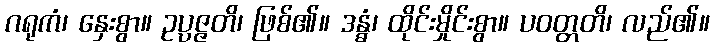
ဂရုကံ၊ နှေးစွာ။ ဥပ္ပဇ္ဇတိ၊ ဖြစ်၏။ ဒန္ဓံ၊ ထိုင်းမှိုင်းစွာ။ ပဝတ္တတိ၊ လည်၏။